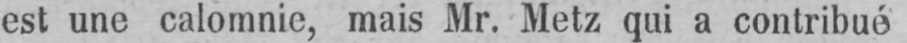
est une calomnie, mais Mr. Metz qui a contribué